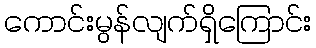
ကောင်းမွန်လျက်ရှိကြောင်း